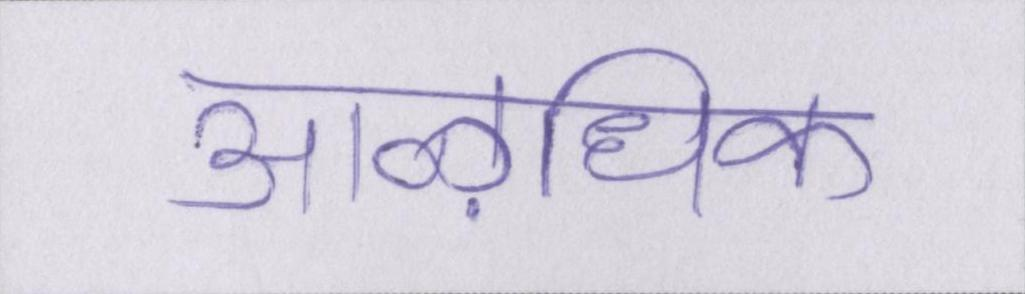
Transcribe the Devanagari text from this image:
आऴधिक